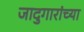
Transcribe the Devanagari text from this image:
जादुगारांच्या